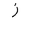
Letter: _zay